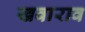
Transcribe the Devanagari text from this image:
खवाराव